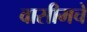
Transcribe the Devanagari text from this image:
वासीमचे